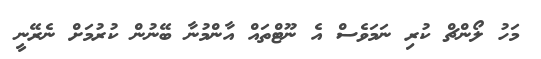
މަހު ލޯންޗް ކުރި ނަމަވެސް އެ ނޫޓްތައް އާންމުނާ ބޭނުން ކުރުމަށް ނެރޭނީ